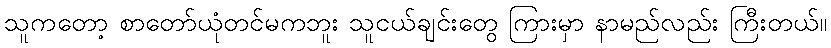
သူကတော့ စာတော်ယုံတင်မကဘူး သူငယ်ချင်းတွေ ကြားမှာ နာမည်လည်း ကြီးတယ်။